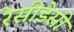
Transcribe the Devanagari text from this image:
रेसीडेसी